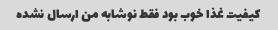
کیفیت غذا خوب بود فقط نوشابه من ارسال نشده